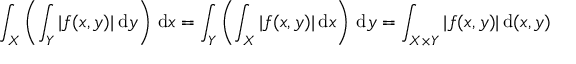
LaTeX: \int _ { X } \left( \int _ { Y } | f ( x , y ) | \, { \mathrm { d } } y \right) \, { \mathrm { d } } x = \int _ { Y } \left( \int _ { X } | f ( x , y ) | \, { \mathrm { d } } x \right) \, { \mathrm { d } } y = \int _ { X \times Y } | f ( x , y ) | \, { \mathrm { d } } ( x , y )